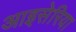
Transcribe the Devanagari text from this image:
आइसेरिया